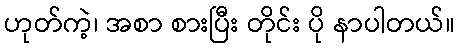
ဟုတ်ကဲ့၊ အစာ စားပြီး တိုင်း ပို နာပါတယ်။